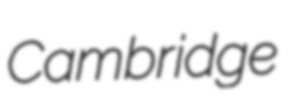
Cambridge